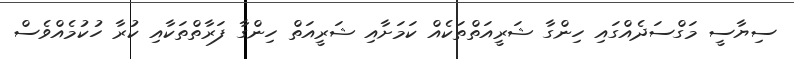
ސިޔާސީ މަގްސަދެއްގައި ހިންގާ ޝަރީއަތްތަކެއް ކަމަށާއި ޝަރީއަތް ހިންގާ ފަރާތްތަކާއި ކުރާ ހުކުމެއްވެސް